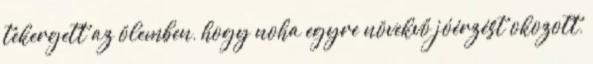
tekergett az ölemben, hogy noha egyre növekvő jóérzést okozott,